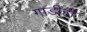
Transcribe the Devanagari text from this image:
गाडीही